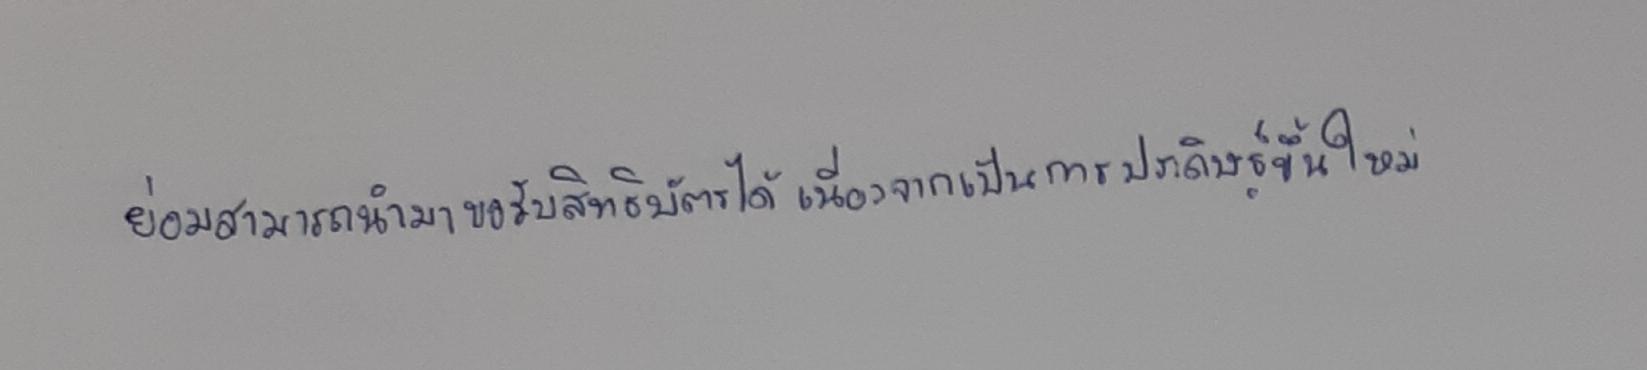
ย่อมสามารถนำมาขอรับสิทธิบัตรได้เนื่องจากเป็นการประดิษฐ์ขึ้นใหม่